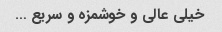
خیلی عالی و خوشمزه و سریع …